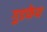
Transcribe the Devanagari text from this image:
गुडफेथ